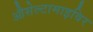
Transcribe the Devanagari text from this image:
औसेल्टामाइविर